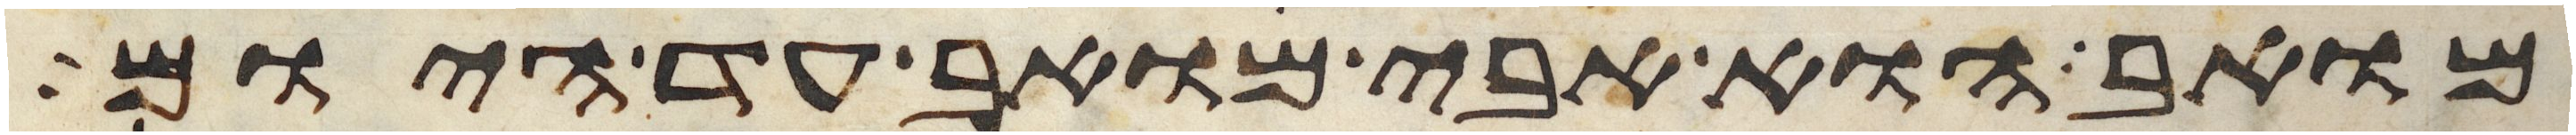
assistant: מואב הוא אבי מואב עד היום